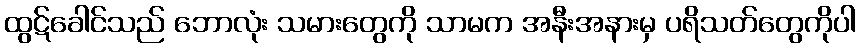
ထွဋ်ခေါင်သည် ဘောလုံး သမားတွေကို သာမက အနီးအနားမှ ပရိသတ်တွေကိုပါ